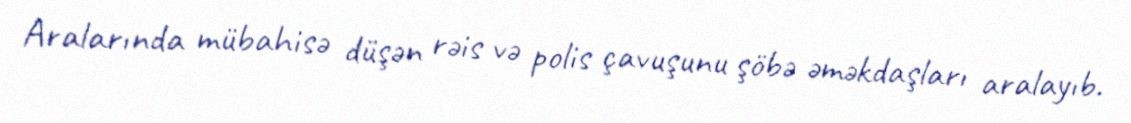
Aralarında mübahisə düşən rəis və polis çavuşunu şöbə əməkdaşları aralayıb.